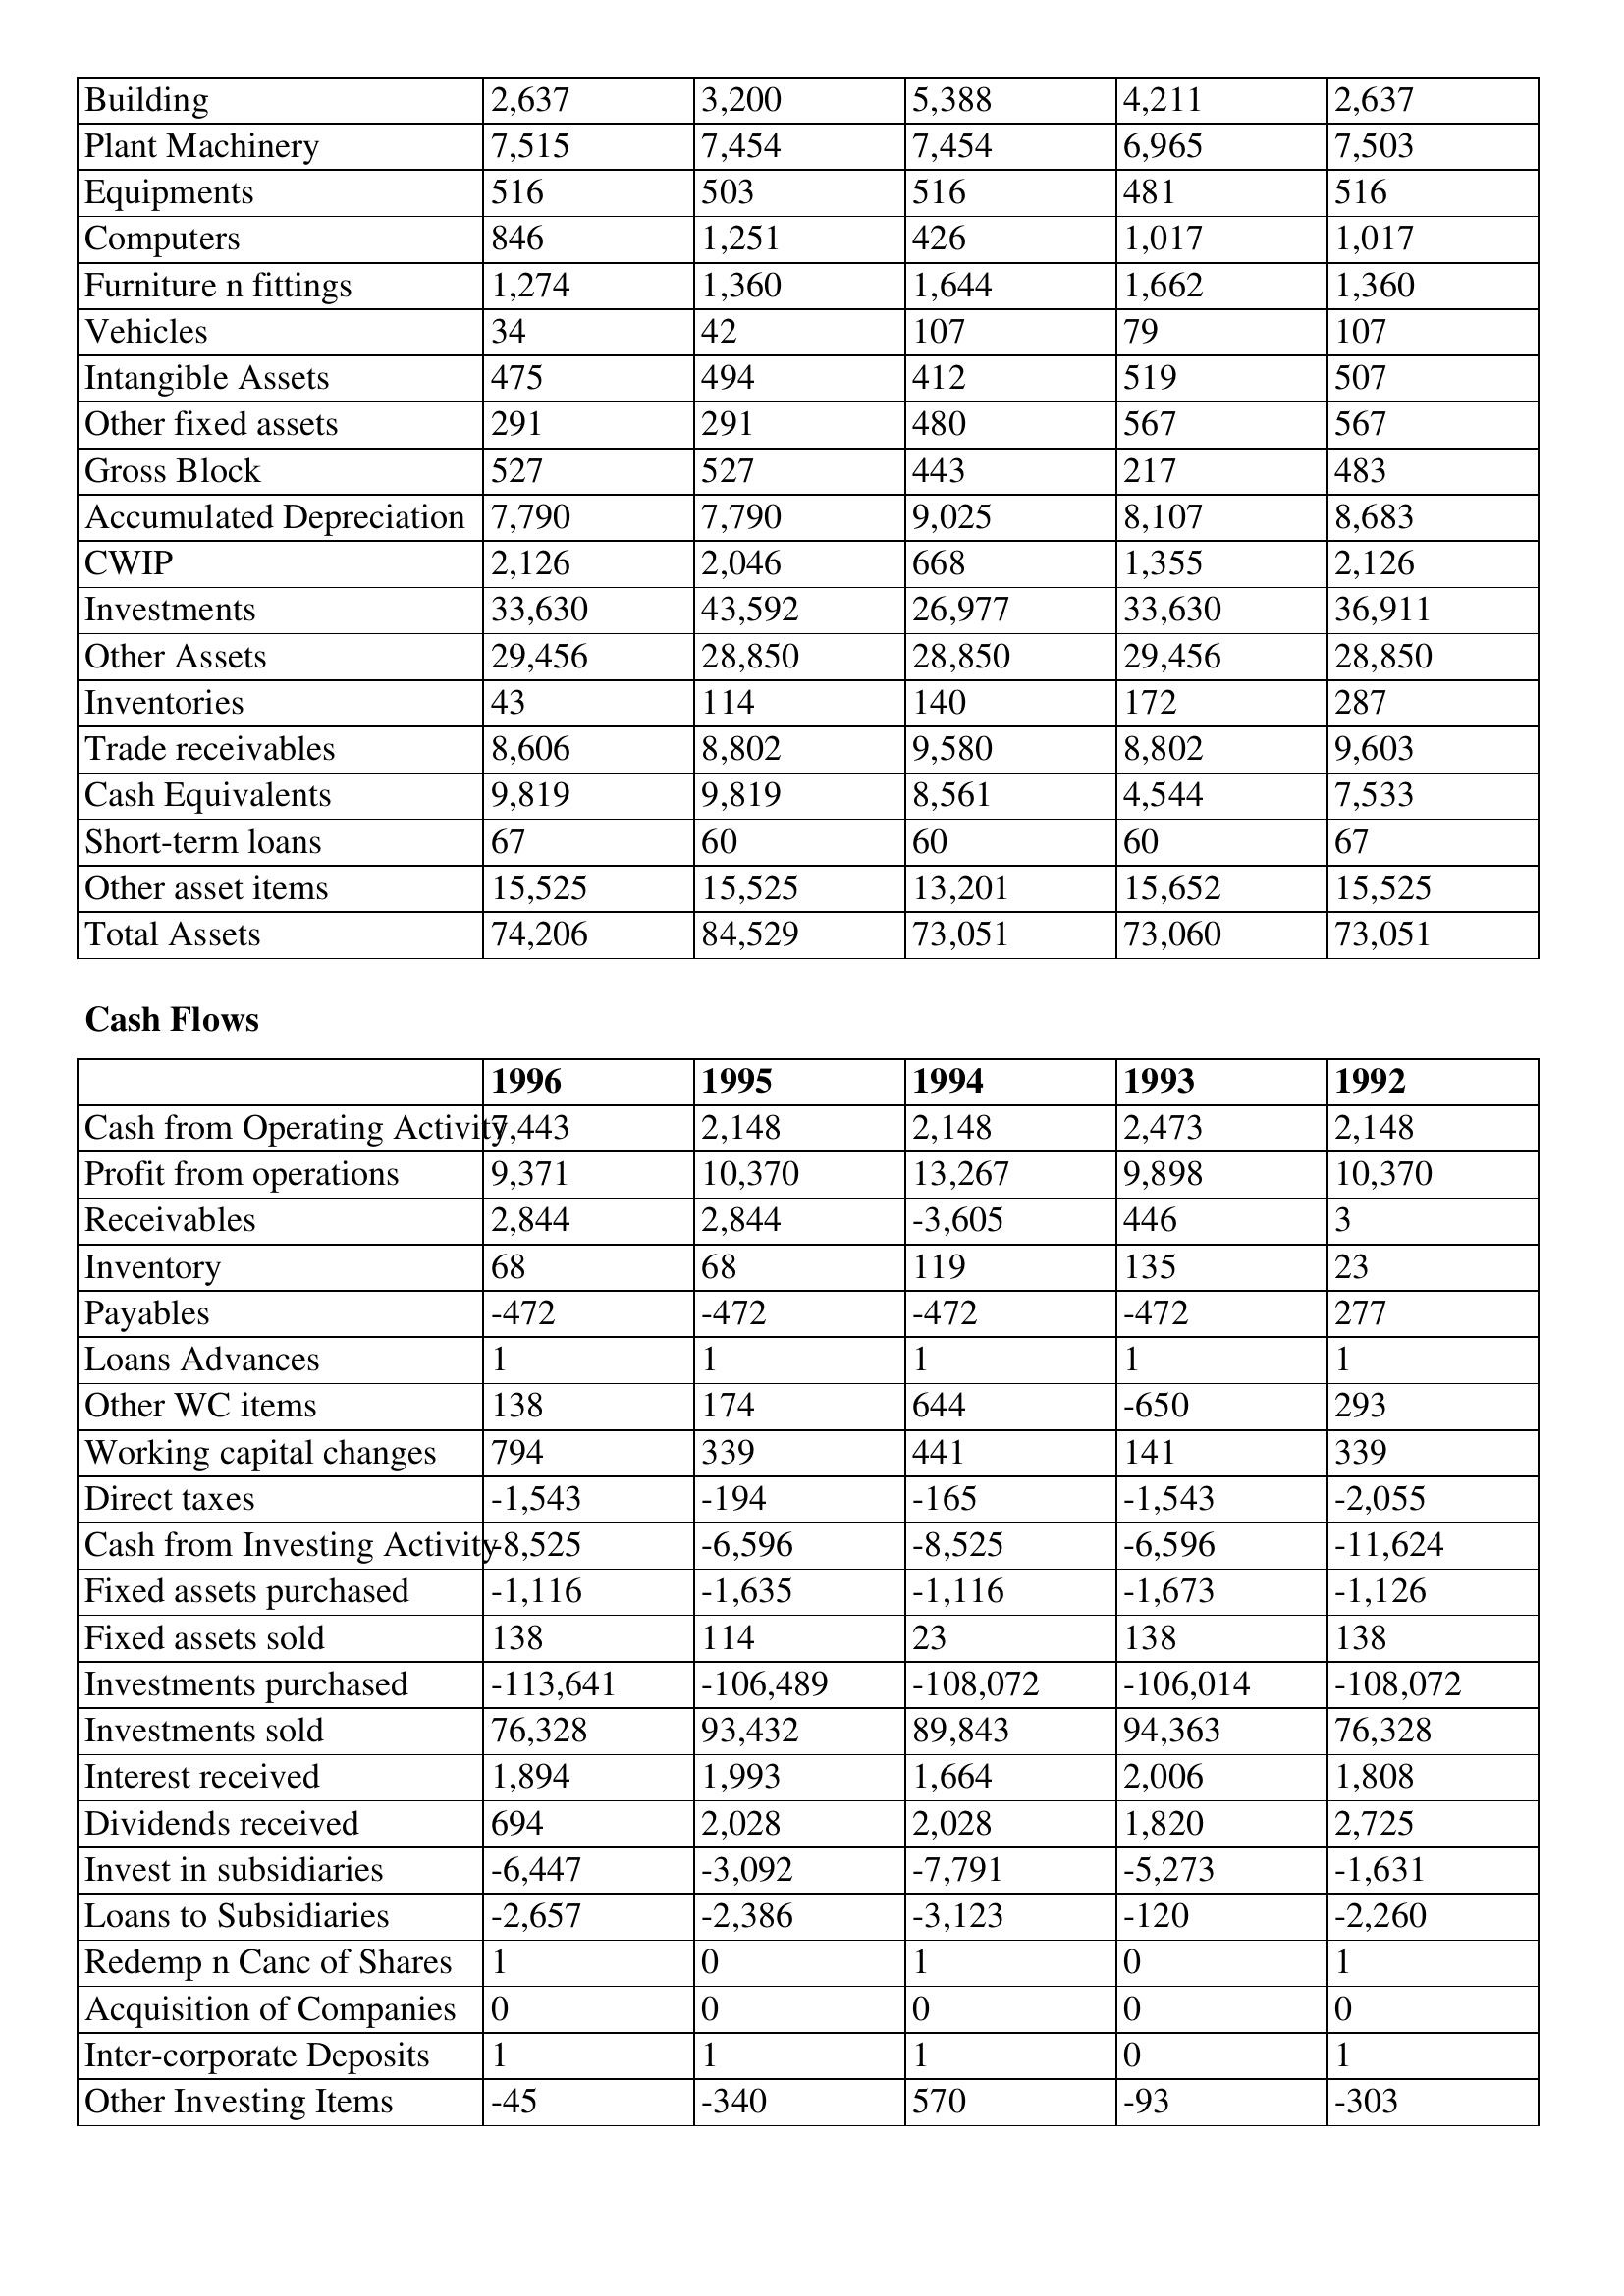
gt_parse: 1996: Balance Sheet: Building: 2,637
Plant Machinery: 7,515
Equipments: 516
Computers: 846
Furniture n fittings: 1,274
Vehicles: 34
Intangible Assets: 475
Other fixed assets: 291
Gross Block: 527
Accumulated Depreciation: 7,790
CWIP: 2,126
Investments: 33,630
Other Assets: 29,456
Inventories: 43
Trade receivables: 8,606
Cash Equivalents: 9,819
Short-term loans: 67
Other asset items: 15,525
Total Assets: 74,206
Cash Flows: Cash from Operating Activity: 7,443
Profit from operations: 9,371
Receivables: 2,844
Inventory: 68
Payables: -472
Loans Advances: 1
Other WC items: 138
Working capital changes: 794
Direct taxes: -1,543
Cash from Investing Activity: -8,525
Fixed assets purchased: -1,116
Fixed assets sold: 138
Investments purchased: -113,641
Investments sold: 76,328
Interest received: 1,894
Dividends received: 694
Invest in subsidiaries: -6,447
Loans to Subsidiaries: -2,657
Redemp n Canc of Shares: 1
Acquisition of Companies: 0
Inter-corporate Deposits: 1
Other Investing Items: -45
1995: Balance Sheet: Building: 3,200
Plant Machinery: 7,454
Equipments: 503
Computers: 1,251
Furniture n fittings: 1,360
Vehicles: 42
Intangible Assets: 494
Other fixed assets: 291
Gross Block: 527
Accumulated Depreciation: 7,790
CWIP: 2,046
Investments: 43,592
Other Assets: 28,850
Inventories: 114
Trade receivables: 8,802
Cash Equivalents: 9,819
Short-term loans: 60
Other asset items: 15,525
Total Assets: 84,529
Cash Flows: Cash from Operating Activity: 2,148
Profit from operations: 10,370
Receivables: 2,844
Inventory: 68
Payables: -472
Loans Advances: 1
Other WC items: 174
Working capital changes: 339
Direct taxes: -194
Cash from Investing Activity: -6,596
Fixed assets purchased: -1,635
Fixed assets sold: 114
Investments purchased: -106,489
Investments sold: 93,432
Interest received: 1,993
Dividends received: 2,028
Invest in subsidiaries: -3,092
Loans to Subsidiaries: -2,386
Redemp n Canc of Shares: 0
Acquisition of Companies: 0
Inter-corporate Deposits: 1
Other Investing Items: -340
1994: Balance Sheet: Building: 5,388
Plant Machinery: 7,454
Equipments: 516
Computers: 426
Furniture n fittings: 1,644
Vehicles: 107
Intangible Assets: 412
Other fixed assets: 480
Gross Block: 443
Accumulated Depreciation: 9,025
CWIP: 668
Investments: 26,977
Other Assets: 28,850
Inventories: 140
Trade receivables: 9,580
Cash Equivalents: 8,561
Short-term loans: 60
Other asset items: 13,201
Total Assets: 73,051
Cash Flows: Cash from Operating Activity: 2,148
Profit from operations: 13,267
Receivables: -3,605
Inventory: 119
Payables: -472
Loans Advances: 1
Other WC items: 644
Working capital changes: 441
Direct taxes: -165
Cash from Investing Activity: -8,525
Fixed assets purchased: -1,116
Fixed assets sold: 23
Investments purchased: -108,072
Investments sold: 89,843
Interest received: 1,664
Dividends received: 2,028
Invest in subsidiaries: -7,791
Loans to Subsidiaries: -3,123
Redemp n Canc of Shares: 1
Acquisition of Companies: 0
Inter-corporate Deposits: 1
Other Investing Items: 570
1993: Balance Sheet: Building: 4,211
Plant Machinery: 6,965
Equipments: 481
Computers: 1,017
Furniture n fittings: 1,662
Vehicles: 79
Intangible Assets: 519
Other fixed assets: 567
Gross Block: 217
Accumulated Depreciation: 8,107
CWIP: 1,355
Investments: 33,630
Other Assets: 29,456
Inventories: 172
Trade receivables: 8,802
Cash Equivalents: 4,544
Short-term loans: 60
Other asset items: 15,652
Total Assets: 73,060
Cash Flows: Cash from Operating Activity: 2,473
Profit from operations: 9,898
Receivables: 446
Inventory: 135
Payables: -472
Loans Advances: 1
Other WC items: -650
Working capital changes: 141
Direct taxes: -1,543
Cash from Investing Activity: -6,596
Fixed assets purchased: -1,673
Fixed assets sold: 138
Investments purchased: -106,014
Investments sold: 94,363
Interest received: 2,006
Dividends received: 1,820
Invest in subsidiaries: -5,273
Loans to Subsidiaries: -120
Redemp n Canc of Shares: 0
Acquisition of Companies: 0
Inter-corporate Deposits: 0
Other Investing Items: -93
1992: Balance Sheet: Building: 2,637
Plant Machinery: 7,503
Equipments: 516
Computers: 1,017
Furniture n fittings: 1,360
Vehicles: 107
Intangible Assets: 507
Other fixed assets: 567
Gross Block: 483
Accumulated Depreciation: 8,683
CWIP: 2,126
Investments: 36,911
Other Assets: 28,850
Inventories: 287
Trade receivables: 9,603
Cash Equivalents: 7,533
Short-term loans: 67
Other asset items: 15,525
Total Assets: 73,051
Cash Flows: Cash from Operating Activity: 2,148
Profit from operations: 10,370
Receivables: 3
Inventory: 23
Payables: 277
Loans Advances: 1
Other WC items: 293
Working capital changes: 339
Direct taxes: -2,055
Cash from Investing Activity: -11,624
Fixed assets purchased: -1,126
Fixed assets sold: 138
Investments purchased: -108,072
Investments sold: 76,328
Interest received: 1,808
Dividends received: 2,725
Invest in subsidiaries: -1,631
Loans to Subsidiaries: -2,260
Redemp n Canc of Shares: 1
Acquisition of Companies: 0
Inter-corporate Deposits: 1
Other Investing Items: -303